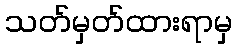
သတ်မှတ်ထားရာမှ